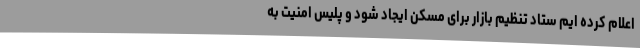
اعلام کرده ایم ستاد تنظیم بازار برای مسکن ایجاد شود و پلیس امنیت به